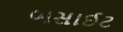
બસાઈટ